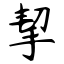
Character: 挈